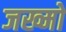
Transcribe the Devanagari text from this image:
जख्मो